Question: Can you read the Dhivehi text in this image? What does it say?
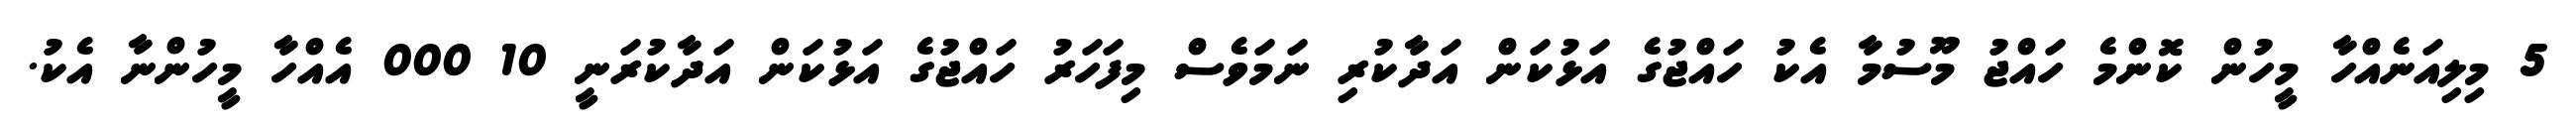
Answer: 5 މިލިއަނެއްހާ މީހުން ކޮންމެ ހައްޖު މޫސުމާ އެކު ހައްޖުގެ އަޅުކަން އަދާކުރި ނަމަވެސް މިފަހަރު ހައްޖުގެ އަޅުކަން އަދާކުރަނީ 10 000 އެއްހާ މީހުންނާ އެކު.